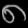
Digit: ၈